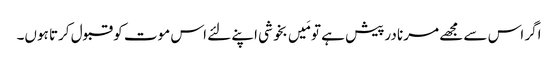
اگر اس سے مجھے مرنا درپیش ہے تو مَیں بخوشی اپنے لئے اس موت کو قبول کرتا ہوں۔